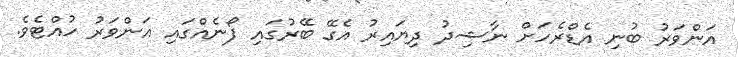
އަންވަރު ބުނި އެޑްރެހަށް ނާޝިދު ދިޔައިރު އެގޭ ބޭރުގައި ފޯނެއްގައި އަންވަރު ހުއްޓެވެ.